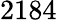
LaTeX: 2184